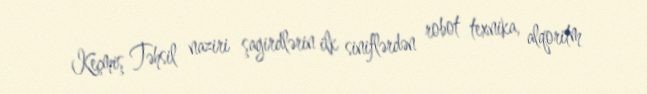
Keçmiş Təhsil naziri şagirdlərin ilk siniflərdən robot texnika, alqoritm